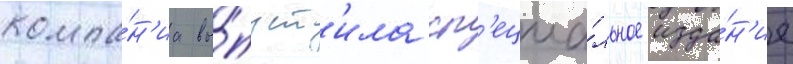
компа́н'иа вы́пуст'ила сп'ециа́льное изда́н'ие